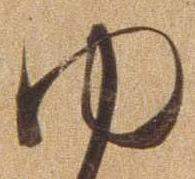
ゆ